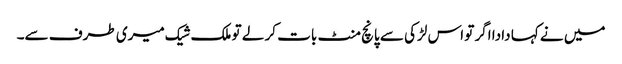
میں نے کہا دادا اگر تو اس لڑکی سے پانچ منٹ بات کر لے تو ملک شیک میری طرف سے۔